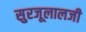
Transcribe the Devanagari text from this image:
सुरजूलालजी